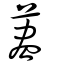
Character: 藎